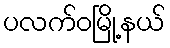
ပလက်ဝမြို့နယ်